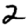
Digit: 2